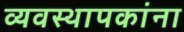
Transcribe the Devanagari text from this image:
व्यवस्थापकांना